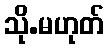
သို.မဟုတ်